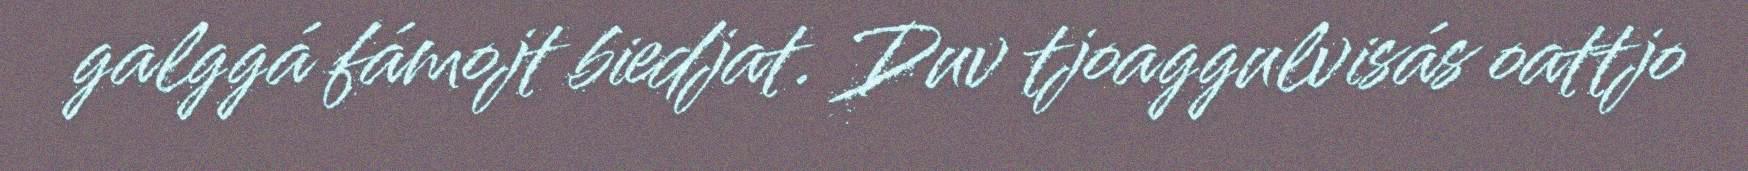
galggá fámojt biedjat. Duv tjoaggulvisás oattjo